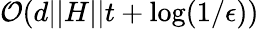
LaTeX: \mathcal{O}(d\vert\vert H\vert\vert t+\log(1/\epsilon))